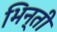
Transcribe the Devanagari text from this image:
भिन्ती